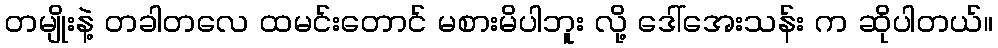
တမျိုးနဲ့ တခါတလေ ထမင်းတောင် မစားမိပါဘူး လို့ ဒေါ်အေးသန်း က ဆိုပါတယ်။